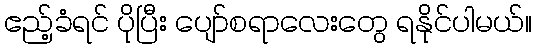
ဧည့်ခံရင် ပိုပြီး ပျော်စရာလေးတွေ ရနိုင်ပါမယ်။